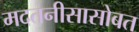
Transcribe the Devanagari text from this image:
मदतनीसासोबत